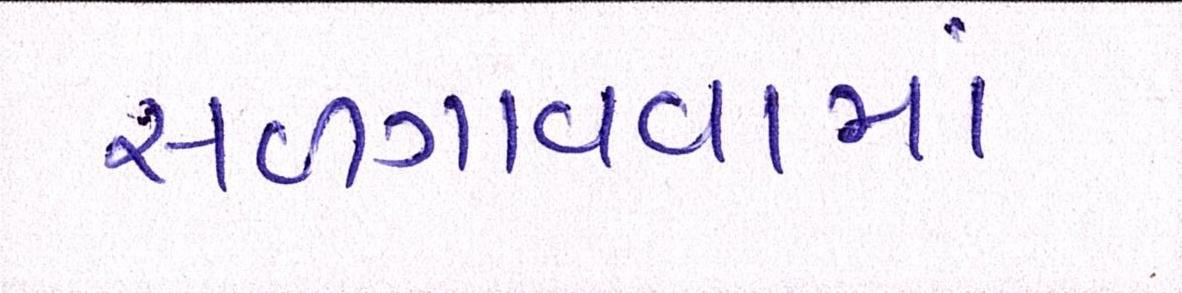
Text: સળગાવવામાં